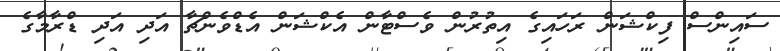
ސައިންސް ފިކްޝަން ރަހައިގެ އިތުރުން ވެސްޓާން އެކްޝަން އެޑްވެންޗާ އަދި އަދި ޑްރާމާގެ